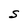
Character: S